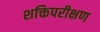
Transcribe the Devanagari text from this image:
शक्तिपरीक्षण